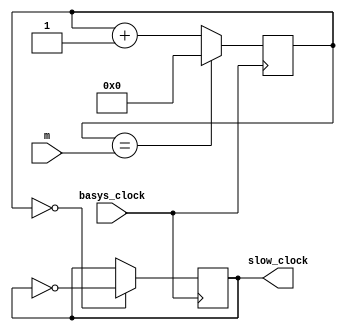
`timescale 1ns / 1ps
//////////////////////////////////////////////////////////////////////////////////
// Company: 
// Engineer: 
// 
// Design Name: 
// Module Name: variable_clock
// Project Name: 
// Target Devices: 
// Tool Versions: 
// Description: 
// 
// Dependencies: 
// 
// Revision:
// Revision 0.01 - File Created
// Additional Comments:
// 
//////////////////////////////////////////////////////////////////////////////////


module variable_clock(
    input basys_clock,
    input [31:0] m,
    output reg slow_clock = 0
    );
    
    reg [31:0] count = 0;
        
    always @(posedge basys_clock) begin
        count <= (count == m) ? 0 : count + 1;    // count until m, then reset to 0
        slow_clock <= (count == 0) ? ~slow_clock : slow_clock;  // invert slow clock everytime the clock hits 0
    end
    
endmodule